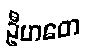
ဦဟတေ